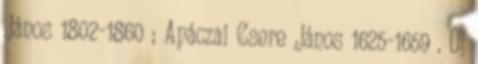
János 1802-1860 ; Apáczai Csere János 1625-1659 . Új